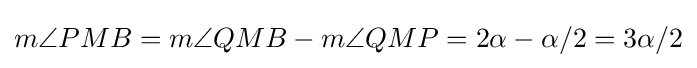
m\angle {PMB}=m\angle {QMB}-m\angle {QMP}=2\alpha -\alpha /2=3\alpha /2